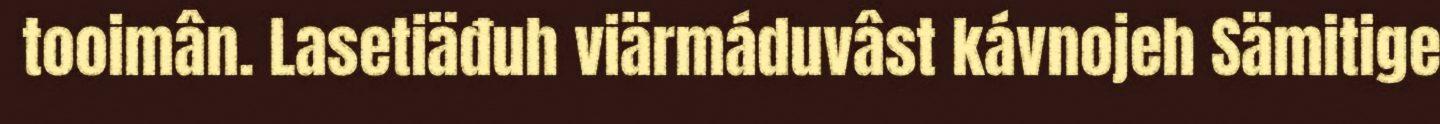
tooimân. Lasetiäđuh viärmáduvâst kávnojeh Sämitige